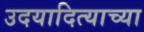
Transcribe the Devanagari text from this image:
उदयादित्याच्या